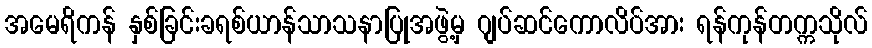
အမေရိကန် နှစ်ခြင်းခရစ်ယာန်သာသနာပြုအဖွဲ့မှ ဂျပ်ဆင်ကောလိပ်အား ရန်ကုန်တက္ကသိုလ်